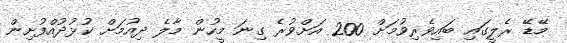
މޭޑޭ ރެލީގައި ބައިވެރިވުމަށް 200 އަށްވުރެ ގިނަ މީހުން މާލެ ދިއުމަށް ކުޅުދުއްފުށިން